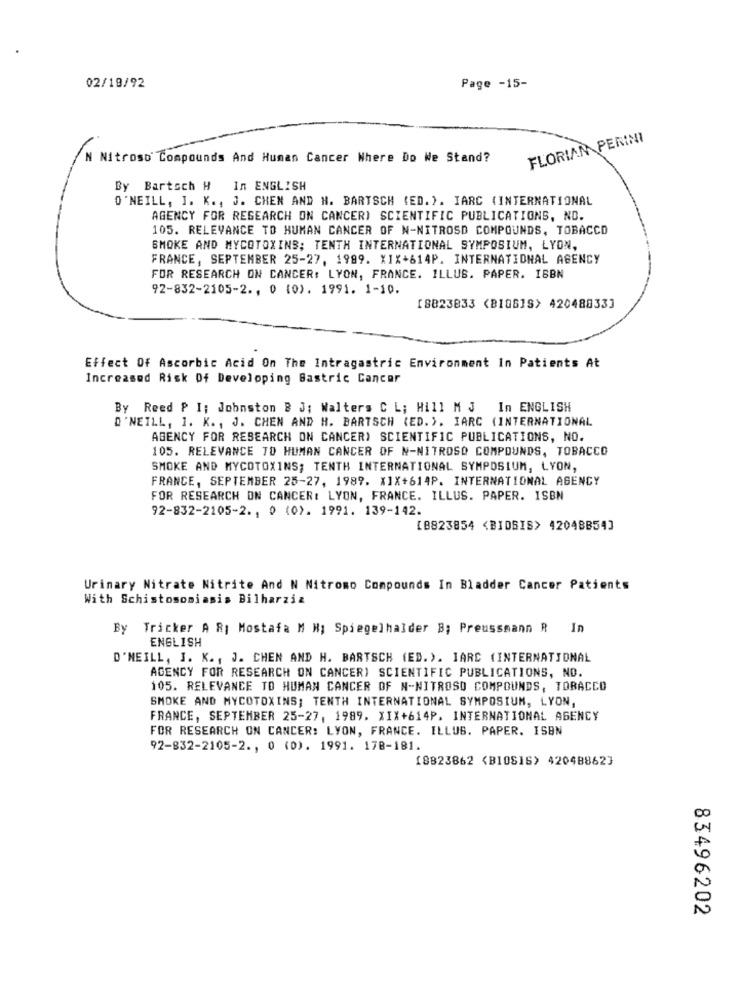
02/18/92
Page -15-
FLORIAN PERINI
N Nitroso Compounds And Human Cancer Where Do We Stand?
By Bartsch H
In ENGLISH
O'NEILL, I. K ., J. CHEN AND H. BARTSCH (ED. ). IARC (INTERNATIONAL
AGENCY FOR RESEARCH ON CANCER) SCIENTIFIC PUBLICATIONS, NO.
105. RELEVANCE TO HUMAN CANCER OF N-NITROSD COMPOUNDS, TOBACCO
SMOKE AND MYCOTOXINS; TENTH INTERNATIONAL SYMPOSIUM, LYON,
FRANCE, SEPTEMBER 25-27, 1989. XIX+614P. INTERNATIONAL AGENCY
FOR RESEARCH ON CANCER: LYON, FRANCE. ILLUS. PAPER. ISBN
92-832-2105-2 ., 0 (0). 1991. 1-10.
[8823833 (BIOSIS> 420488333
Effect Of Ascorbic Acid On The Intragastric Environment In Patients At
Increased Risk Of Developing Bastric Cancer
By Reed P I; Johnston B 3; Walters C L; Hill M J In ENGLISH
O'NEILL, 1. K. , J. CHEN AND H. BARTSCH (ED. ). IARC (INTERNATIONAL
AGENCY FOR RESEARCH ON CANCER) SCIENTIFIC PUBLICATIONS, NO.
105. RELEVANCE TO HUMAN CANCER OF N-NITROSO COMPOUNDS, TOBACCO
SMOKE AND MYCOTOXINS; TENTH INTERNATIONAL SYMPOSIUM, LYON,
FRANCE, SEPTEMBER 25-27, 1989. X1X+614P. INTERNATIONAL AGENCY
FOR RESEARCH ON CANCER: LYON, FRANCE. ILLUS. PAPER. ISBN
92-832-2105-2 ., 0 (0). 1991. 139-142.
[B823854 <BIDSIS> 4204BB54]
Urinary Nitrate Nitrite And N Nitromo Compounds In Bladder Cancer Patients
With Schistosomiasis Bilharzia
By Tricker A R| Mostafa M N; Spiegelhalder B; Preussmann R In
ENGLISH
D'MEILL, J. K. , J. CHEN AND H. BARTSCH (ED. ). IARC (INTERNATIONAL
AGENCY FOR RESEARCH ON CANCER) SCIENTIFIC PUBLICATIONS, NO.
105. RELEVANCE TO HUMAN CANCER OF N-NITROSO COMPOUNDS, TOBACCO
SMOKE AND MYCOTOXINS; TENTH INTERNATIONAL SYMPOSIUM, LYON,
FRANCE, SEPTEMBER 25-27, 1989. XIX+614P. INTERNATIONAL AGENCY
FOR RESEARCH ON CANCER: LYON, FRANCE. ILLUS. PAPER. ISBN
92-832-2105-2 ., 0 (0). 1991. 178-181.
[8823862 <BIOSIS> 420488623
83496202